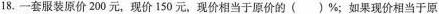
18.一套服装原价200元，现价150元，现价相当于原价的()\%；如果现价相当于原